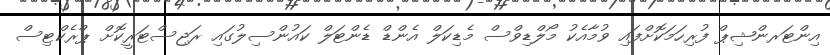
އިންޓަރންޝިޕް ފުރިހަމަކޮށްފައި ވުމާއެކު މޯލްޑިވްސް މެޑިކަލް އެންޑް ޑެންޓަލް ކައުންސިލުގައި ރަޖިސްޓަރީކޮށް ޕްރެކްޓިސް